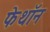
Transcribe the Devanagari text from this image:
फेथॉन